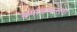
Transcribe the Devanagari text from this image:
ब्र्याडमनला